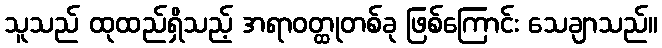
သူသည် ထုထည်ရှိသည့် အရာဝတ္ထုတစ်ခု ဖြစ်ကြောင်း သေချာသည်။